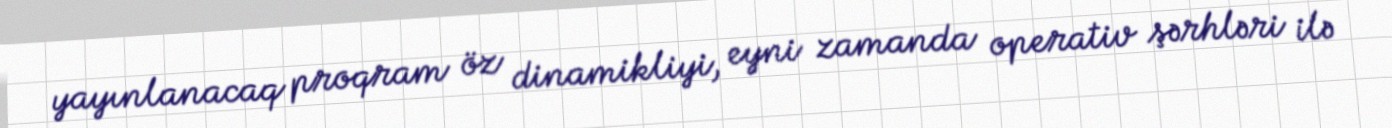
yayınlanacaq proqram öz dinamikliyi, eyni zamanda operativ şərhləri ilə